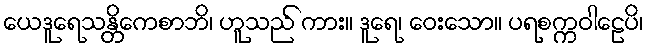
ယေဒူရေသန္တိကေစာဘိ၊ ဟူသည် ကား။ ဒူရေ၊ ဝေးသော။ ပရစက္ကဝါဠေပိ၊